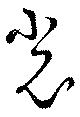
光